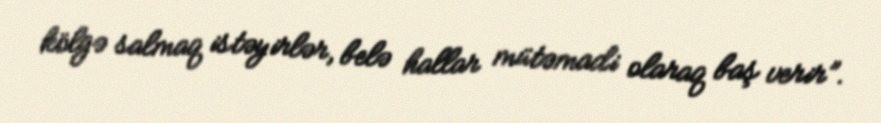
kölgə salmaq istəyirlər, belə hallar mütəmadi olaraq baş verir”.